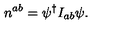
n ^ { a b } = \psi ^ { \dagger } I _ { a b } \psi .